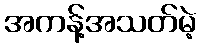
အကန့်အသတ်မဲ့